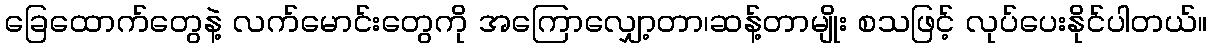
ခြေထောက်တွေနဲ့ လက်မောင်းတွေကို အကြောလျှော့တာ၊ဆန့်တာမျိုး စသဖြင့် လုပ်ပေးနိုင်ပါတယ်။